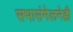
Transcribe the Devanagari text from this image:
सभासंमेलनेही